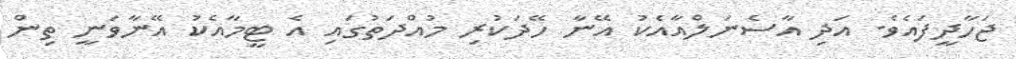
ޖަހާދީފައެވެ. އަދި އާސެނަލްއާއެކު އޭނާ ހޭދަކުރި މުއްދަތުގައި އެ ޓީމާއެކު އޭނާވަނީ ތިން